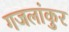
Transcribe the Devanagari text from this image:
गजलांकुर